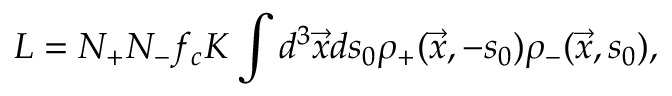
L = N _ { + } N _ { - } f _ { c } K \int d ^ { 3 } \Vec { x } d s _ { 0 } \rho _ { + } ( \Vec { x } , - s _ { 0 } ) \rho _ { - } ( \Vec { x } , s _ { 0 } ) ,